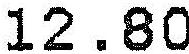
12.80